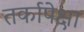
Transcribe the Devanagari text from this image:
तर्कापेक्षा